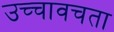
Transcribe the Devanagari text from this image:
उच्चावचता